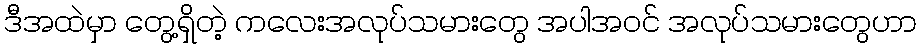
ဒီအထဲမှာ တွေ့ရှိတဲ့ ကလေးအလုပ်သမားတွေ အပါအဝင် အလုပ်သမားတွေဟာ